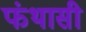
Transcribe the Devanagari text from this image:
फंथासी